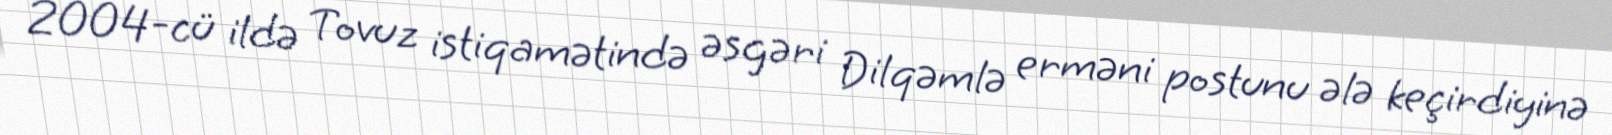
2004-cü ildə Tovuz istiqamətində əsgəri Dilqəmlə erməni postunu ələ keçirdiyinə